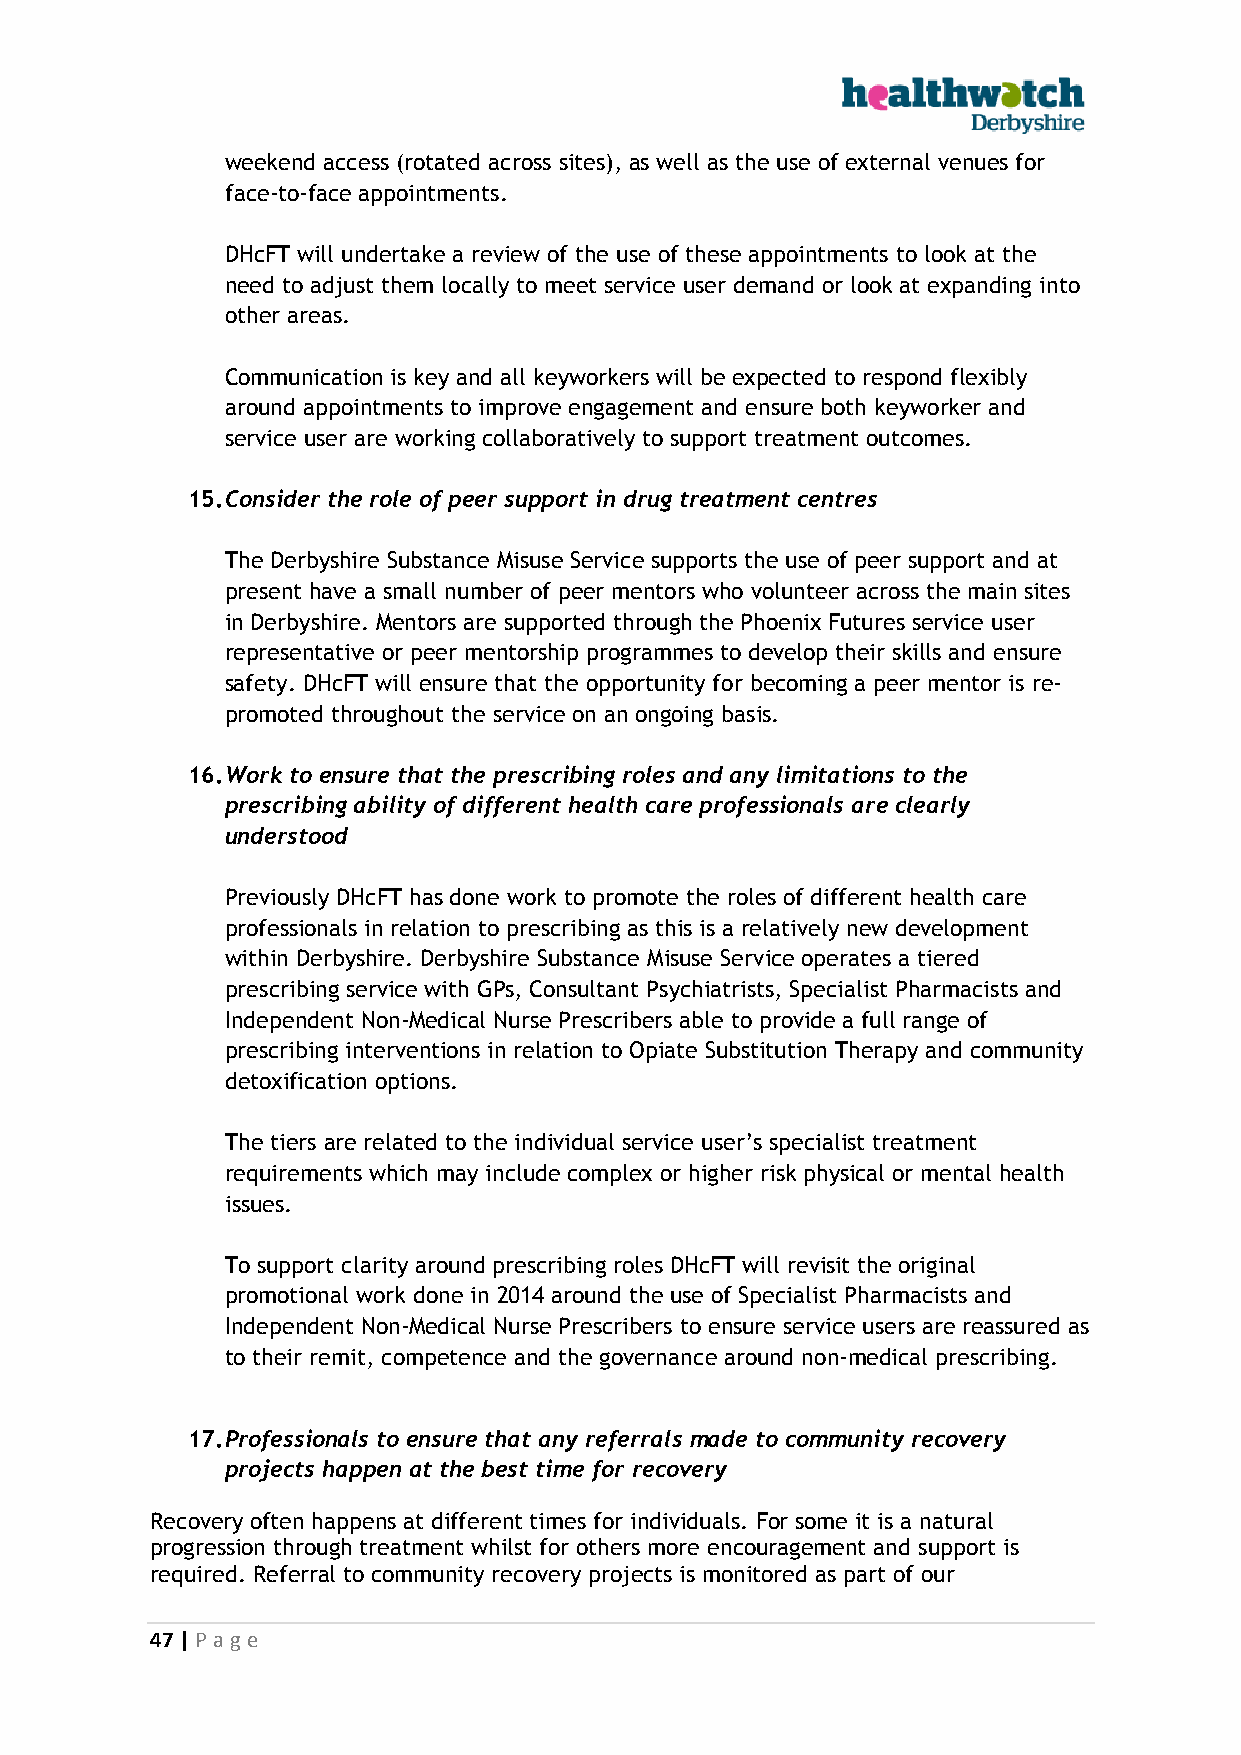
weekend access (rotated across sites), as well as the use of external venues for
 face-to-face appointments.
 DHcFT will undertake a review of the use of these appointments to look at the
 need to adjust them locally to meet service user demand or look at expanding into
 other areas.
 Communication is key and all keyworkers will be expected to respond flexibly
 around appointments to improve engagement and ensure both keyworker and
 service user are working collaboratively to support treatment outcomes.
 15. Consider the role of peer support in drug treatment centres
 The Derbyshire Substance Misuse Service supports the use of peer support and at
 present have a small number of peer mentors who volunteer across the main sites
 in Derbyshire. Mentors are supported through the Phoenix Futures service user
 representative or peer mentorship programmes to develop their skills and ensure
 safety. DHcFT will ensure that the opportunity for becoming a peer mentor is re-
 promoted throughout the service on an ongoing basis.
 16. Work to ensure that the prescribing roles and any limitations to the
 prescribing ability of different health care professionals are clearly
 understood
 Previously DHcFT has done work to promote the roles of different health care
 professionals in relation to prescribing as this is a relatively new development
 within Derbyshire. Derbyshire Substance Misuse Service operates a tiered
 prescribing service with GPs, Consultant Psychiatrists, Specialist Pharmacists and
 Independent Non-Medical Nurse Prescribers able to provide a full range of
 prescribing interventions in relation to Opiate Substitution Therapy and community
 detoxification options.
 The tiers are related to the individual service user’s specialist treatment
 requirements which may include complex or higher risk physical or mental health
 issues.
 To support clarity around prescribing roles DHcFT will revisit the original
 promotional work done in 2014 around the use of Specialist Pharmacists and
 Independent Non-Medical Nurse Prescribers to ensure service users are reassured as
 to their remit, competence and the governance around non-medical prescribing.
 17. Professionals to ensure that any referrals made to community recovery
 projects happen at the best time for recovery
 Recovery often happens at different times for individuals. For some it is a natural
 progression through treatment whilst for others more encouragement and support is
 required. Referral to community recovery projects is monitored as part of our
 47 | P age